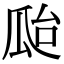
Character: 𤫳